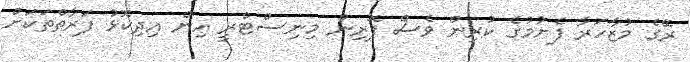
ރޭގެ މުޒާހަރާ ފެށުުމުގެ ކުރިން ވެސް ފޮރިން މިނިސްޓްރީ އިން އިދިކޮޅު ފަރާތްތަކަށް